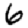
Digit: 6